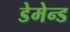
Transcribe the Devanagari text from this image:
डेमेन्ड